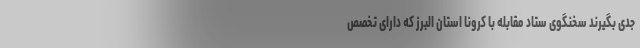
جدی بگیرند سخنگوی ستاد مقابله با کرونا استان البرز که دارای تخصص